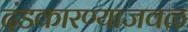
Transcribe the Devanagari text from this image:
दंडकारण्याजवळ